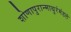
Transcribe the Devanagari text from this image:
शोणापुरान्माथुरंमंडलं